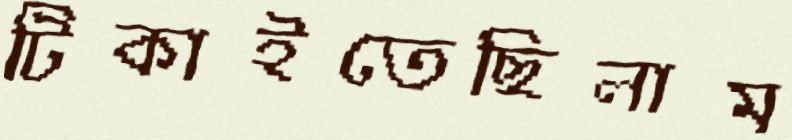
টিকাইতেছিলাম